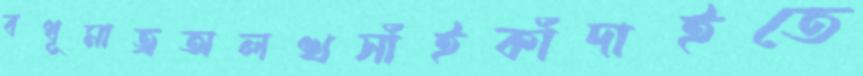
বধূমাত্রঅলখসাঁইকাঁদাইতে